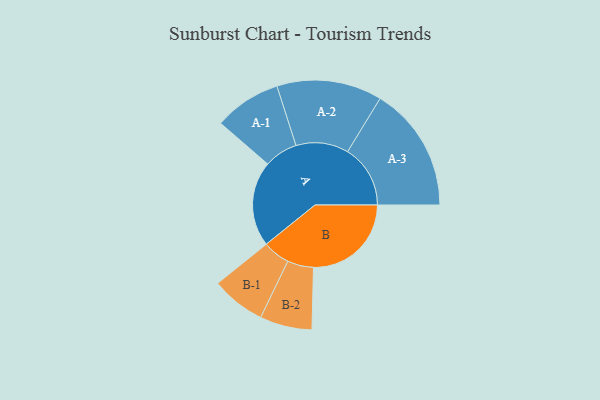
{"axis": {"x": "Segment", "y": "Value"}, "legend": ["", "A", "B"], "data": [{"x": "A", "y": 389, "type": ""}, {"x": "B", "y": 446, "type": ""}, {"x": "A-1", "y": 153, "type": "A"}, {"x": "A-2", "y": 240, "type": "A"}, {"x": "A-3", "y": 286, "type": "A"}, {"x": "B-1", "y": 124, "type": "B"}, {"x": "B-2", "y": 119, "type": "B"}]}